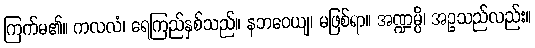
ကြက်မ၏။ ကလလံ၊ ရေကြည်နှစ်သည်။ နဘဝေယျ၊ မဖြစ်ရာ။ အဏ္ဍမ္ပိ၊ အဥသည်လည်း။